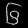
Digit: ၆